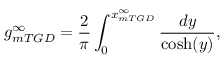
g _ { m T G D } ^ { \infty } = \frac { 2 } { \pi } \int _ { 0 } ^ { x _ { m T G D } ^ { \infty } } \frac { d y } { \cosh ( y ) } ,